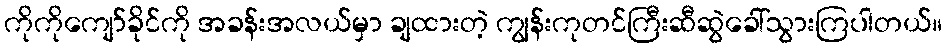
ကိုကိုကျော်ခိုင်ကို အခန်းအလယ်မှာ ချထားတဲ့ ကျွန်းကုတင်ကြီးဆီဆွဲခေါ်သွားကြပါတယ်။